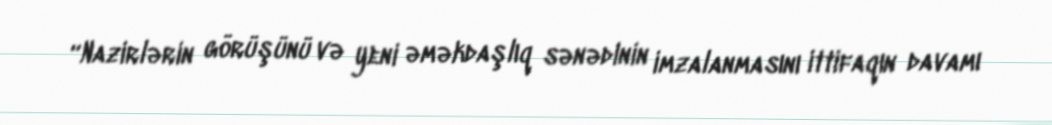
“Nazirlərin görüşünü və yeni əməkdaşlıq sənədinin imzalanmasını ittifaqın davamı